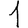
Digit: 1